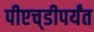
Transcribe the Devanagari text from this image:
पीएच्‌डीपर्यंत